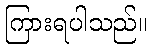
ကြားရပါသည်။